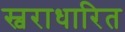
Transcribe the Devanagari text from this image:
स्वराधारित